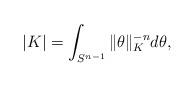
LaTeX: \begin{align*}|K|=\int_{S^{n-1}} \|\theta\|_K^{-n} d\theta,\end{align*}